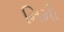
નિમી